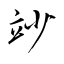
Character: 竗